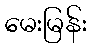
မေးမြန်း